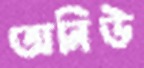
অনিউ